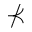
\nprec